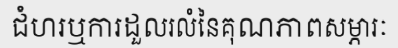
ជំហរឬការដួលរលំនៃគុណភាពសម្ភារៈ